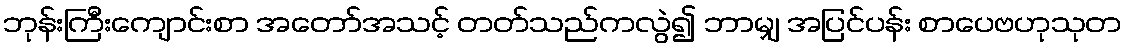
ဘုန်းကြီးကျောင်းစာ အတော်အသင့် တတ်သည်ကလွဲ၍ ဘာမျှ အပြင်ပန်း စာပေဗဟုသုတ